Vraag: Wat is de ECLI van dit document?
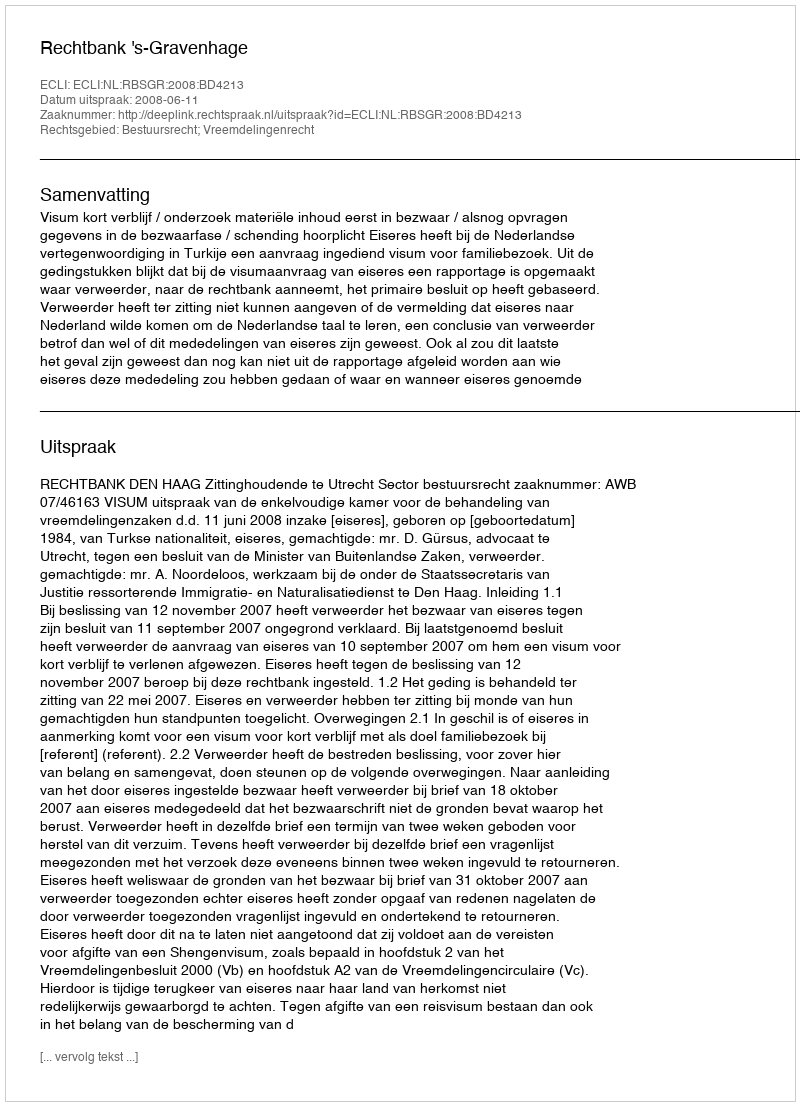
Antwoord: ECLI:NL:RBSGR:2008:BD4213